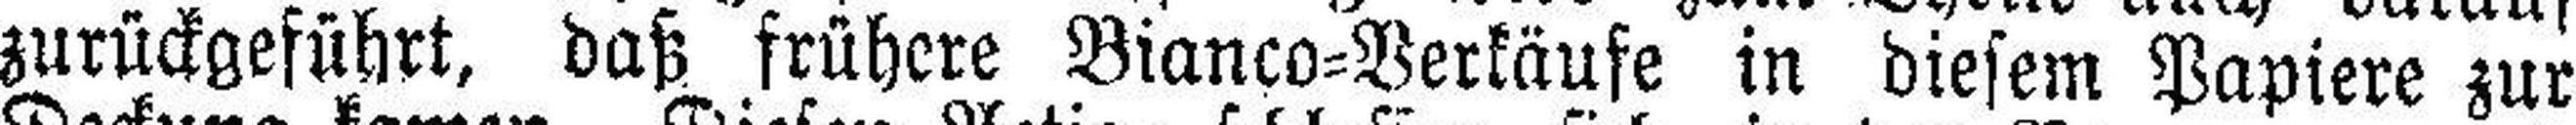
zurückgeführt, daß frühere Bianco=Verkäufe in diesem Papiere zur